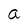
Character: a